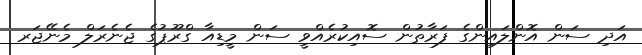
އަދި ސަން އޮންލައިންގެ ފަރާތުން ސޮއިކުރެއްވީ ސަން މީޑިއާ ގްރޫޕުގެ ޖެނެރަލް މެނޭޖަރ